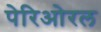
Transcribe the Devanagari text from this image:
पेरिओरल